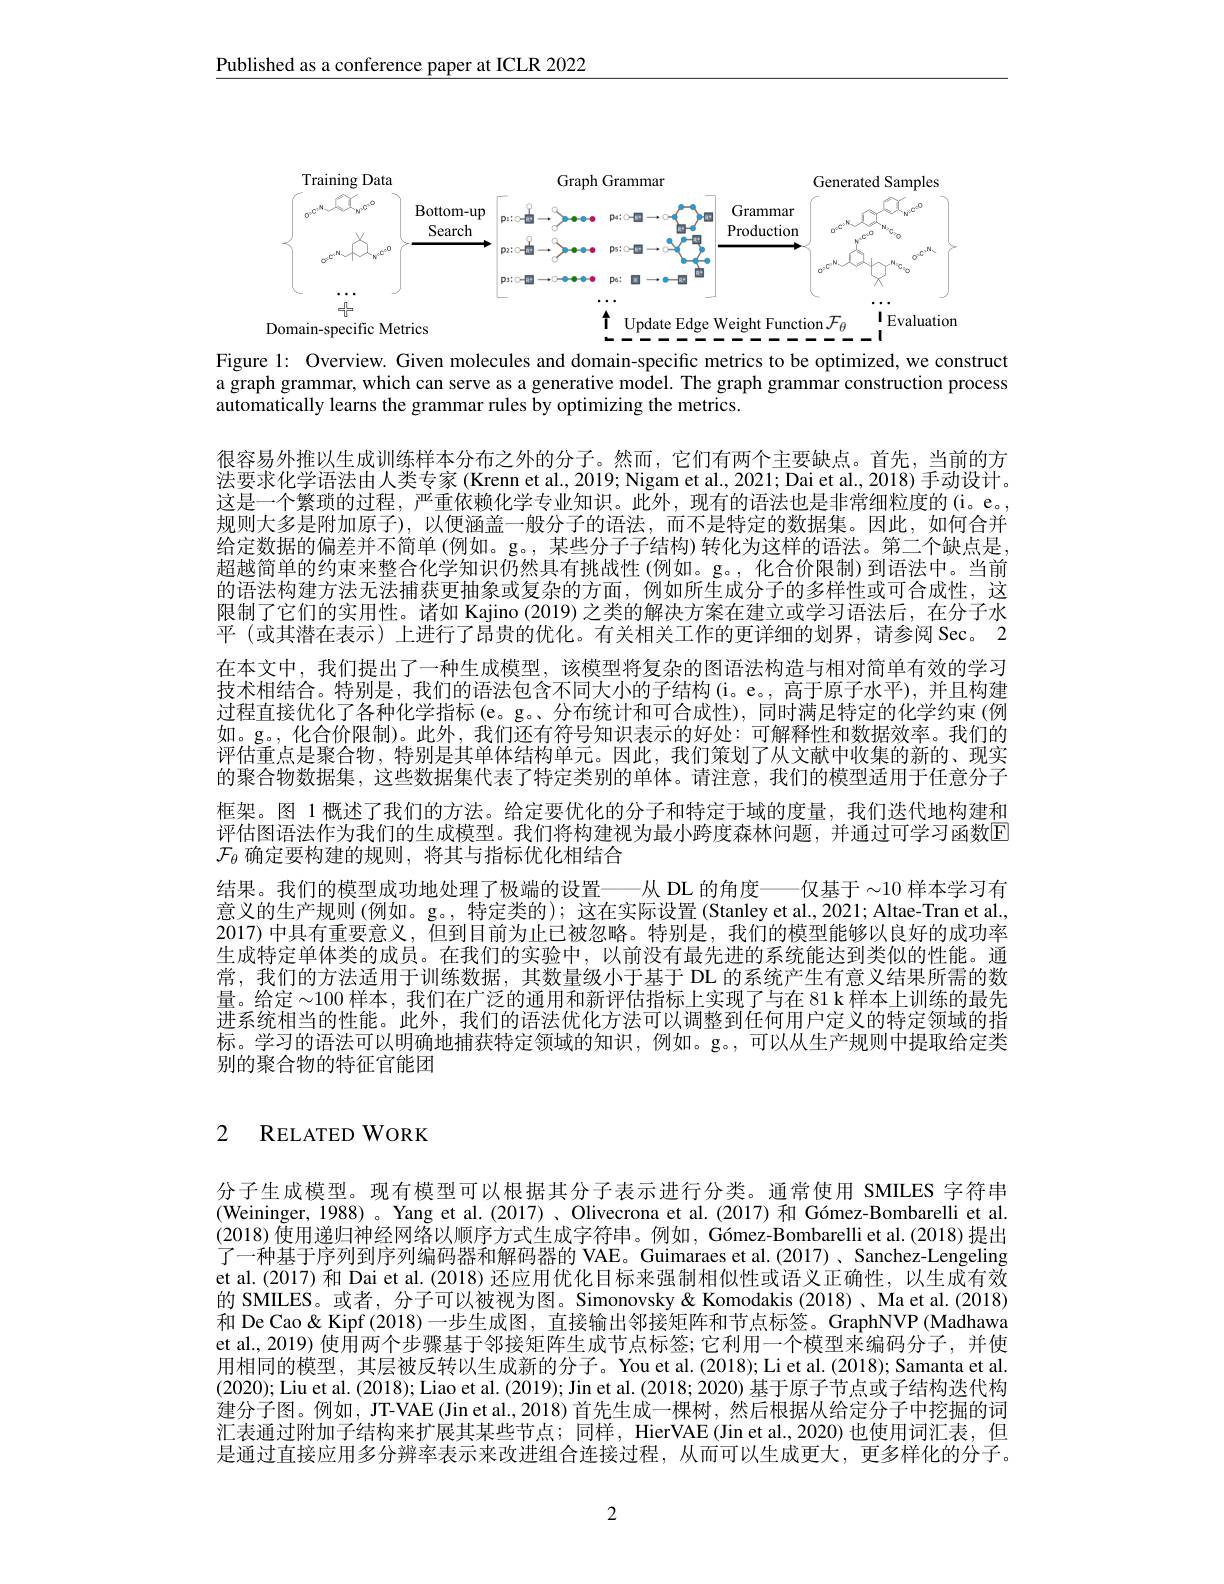
Published as a conference paper at ICLR 2022

<FigureHere>

Figure l: Overview. Given molecules and domain-specific metrics to be optimized, we construct a graph grammar, which can serve as a generative model. The graph grammar construction process automatically learns the grammar rules by optimizing the metrics.

很容易外推以生成训练样本分布之外的分子。然而，它们有两个主要缺点。首先，当前的方法要求化学语法由人类专家(Krenn et al., 2019; Nigam et al., 2021; Dai et al., 2018) 手动设计。这是一个繁琐的过程，严重依赖化学专业知识。此外，现有的语法也是非常细粒度的(i。e。规则大多是附加原子),以便涵盖一般分子的语法，而不是特定的数据集。因此，如何合并给定数据的偏差并不简单(例如。g。,某些分子子结构)转化为这样的语法。第二个缺点是， 超越简单的约束来整合化学知识仍然具有挑战性(例如。g。, 化合价限制)到语法中。当前的语法构建方法无法捕获更抽象或复杂的方面，例如所生成分子的多样性或可合成性，这限制了它们的实用性。诸如 Kajino (2019)之类的解决方案在建立或学习语法后，在分子水平 (或其潜在表示) 上进行了昂贵的优化。有关相关工作的更详细的划界，请参阅 Sec。2在本文中，我们提出了一种生成模型，该模型将复杂的图语法构造与相对简单有效的学习技术相结合。特别是，我们的语法包含不同大小的子结构(i。e。,高于原子水平),并且构建过程直接优化了各种化学指标(e。g。、分布统计和可合成性),同时满足特定的化学约束(例如。g。,化合价限制)。此外，我们还有符号知识表示的好处：可解释性和数据效率。我们的评估重点是聚合物，特别是其单体结构单元。因此，我们策划了从文献中收集的新的、现实的聚合物数据集，这些数据集代表了特定类别的单体。请注意，我们的模型适用于任意分子框架。图 1 概述了我们的方法。给定要优化的分子和特定于域的度量，我们迭代地构建和评估图语法作为我们的生成模型。我们将构建视为最小跨度森林问题，并通过可学习函数E $\mathcal{F}_\theta$确定要构建的规则，将其与指标优化相结合
结果。我们的模型成功地处理了极端的设置———从 DL 的角度——仅基于$\sim10$样本学习有意义的生产规则(例如。g。, 特定类的); 这在实际设置 (Stanley et al., 2021; Altae-Tran et al., 2017) 中具有重要意义，但到目前为止已被忽略。特别是，我们的模型能够以良好的成功率生成特定单体类的成员。在我们的实验中，以前没有最先进的系统能达到类似的性能。通常，我们的方法适用于训练数据，其数量级小于基于 DL 的系统产生有意义结果所需的数量。给定~100 样本 , 我们在广泛的通用和新评估指标上实现了与在 81 k 样本上训练的最先进系统相当的性能。此外，我们的语法优化方法可以调整到任何用户定义的特定领域的指标。学习的语法可以明确地捕获特定领域的知识，例如。g。,可以从生产规则中提取给定类别的聚合物的特征官能团

## 2 RELATED WORK

分子生成模型。现有模型可以根据其分子表示进行分类。通常使用 SMILES 字符串(Weininger, 1988) 。Yang et al.(2017)、Olivecrona et al.(2017) 和 Gómez-Bombarelli et al. (2018) 使用递归神经网络以顺序方式生成字符串。例如，Gómez-Bombarelli et al.(2018) 提出了一种基于序列到序列编码器和解码器的 VAE。Guimaraes et al.(2017)、Sanchez-Lengeling et al.(2017) 和 Dai et al. (2018) 还应用优化目标来强制相似性或语义正确性，以生成有效的 SMILES。或者，分子可以被视为图。Simonovsky&Komodakis(2018)、Ma et al.(2018) 和 De Cao & Kipf (2018)一步生成图，直接输出邻接矩阵和节点标签。GraphNVP (Madhawa et al., 2019) 使用两个步骤基于邻接矩阵生成节点标签；它利用一个模型来编码分子，并使用相同的模型，其层被反转以生成新的分子。You et al.(2018); Li et al.(2018); Samanta et al. (2020); Liu et al. (2018); Liao et al. (2019); Jin et al. (2018; 2020) 基于原子节点或子结构迭代构建分子图。例如，JT-VAE(Jin et al., 2018)首先生成一棵树，然后根据从给定分子中挖掘的词汇表通过附加子结构来扩展其某些节点；同样，HierVAE (Jin et al.,2020) 也使用词汇表，但是通过直接应用多分辨率表示来改进组合连接过程，从而可以生成更大，更多样化的分子。

2